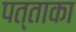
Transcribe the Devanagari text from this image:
पत्ताका